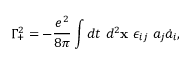
\Gamma _ { + } ^ { 2 } = - \frac { e ^ { 2 } } { 8 \pi } \int d t ~ d ^ { 2 } { \bf x } ~ \epsilon _ { i j } ~ a _ { j } \dot { a } _ { i } ,